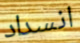
انسداد